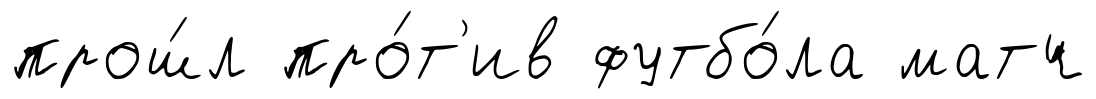
прош́л про́т'ив футбо́ла матч